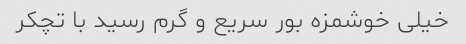
خیلی خوشمزه بور سریع و گرم رسید با تچکر